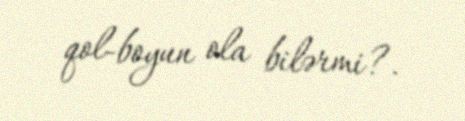
qol-boyun ola bilərmi?.